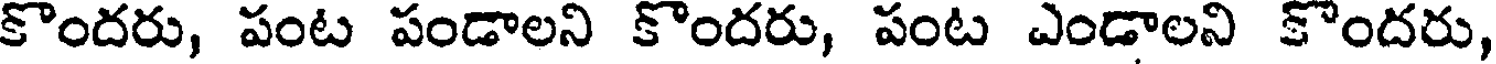
కొందరు, పంట పండాలని కొందరు, పంట ఎండాలని కొందరు,